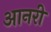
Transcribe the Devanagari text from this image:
आनरी